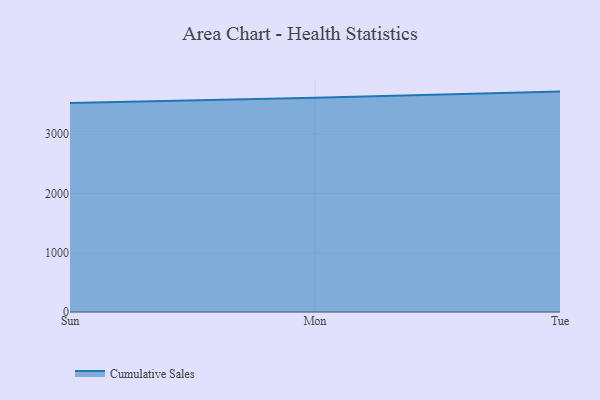
{"axis": {"x": "Day", "y": "Website Visitors"}, "legend": ["Cumulative Sales"], "data": [{"x": "Sun", "y": 3525.6, "type": "Cumulative Sales"}, {"x": "Mon", "y": 3614.7, "type": "Cumulative Sales"}, {"x": "Tue", "y": 3718.7, "type": "Cumulative Sales"}]}